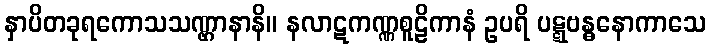
နှာပိတခုရကောသသဏ္ဌာနာနိ။ နလာဋကဏ္ဏစူဠိကာနံ ဥပရိ ပဋ္ဋဗန္ဓနောကာသေ